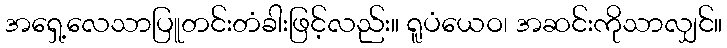
အရှေ့လေသာပြူတင်းတံခါးဖြင့်လည်း။ ရူပံယေဝ၊ အဆင်းကိုသာလျှင်။